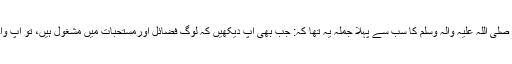
انہوں نےمزید کہا ہےکہ آنحضرت صلی اللہ علیہ وآلہ وسلم کا سب سے پہلا جملہ یہ تھا کہ: جب بھی آپ دیکھیں کہ لوگ فضائل اورمستحبات میں مشغول ہیں، تو آپ واجبات کو مکمل کرنے پرتوجہ دیں۔